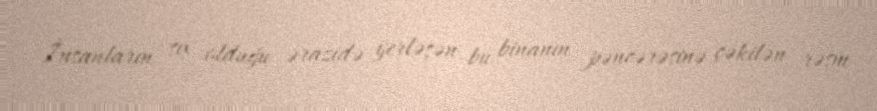
İnsanların sıx olduğu ərazidə yerləşən bu binanın pəncərəsinə çəkilən rəsm